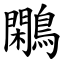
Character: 鷴